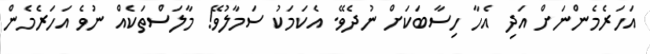
އަހަރެމެންނަށް އަދި އެހާ ހިސާބަކަށް ނުދެވޭ. އެކަމަކު ސަމާލުވޭ! މާލަސްތަކެއް ނުވެ އަހަރެމެން